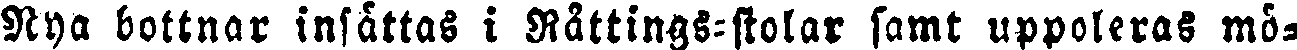
Nya bottnar insättas i Rättings-skolar samt uppoleras mö-